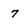
Character: 7